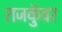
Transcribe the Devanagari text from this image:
राजकुॅवर